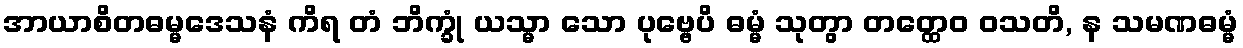
အာယာစိတဓမ္မဒေသနံ ကိရ တံ ဘိက္ခုံ ယသ္မာ သော ပုဗ္ဗေပိ ဓမ္မံ သုတွာ တတ္ထေဝ ဝသတိ, န သမဏဓမ္မံ